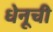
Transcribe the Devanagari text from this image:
धेनूची